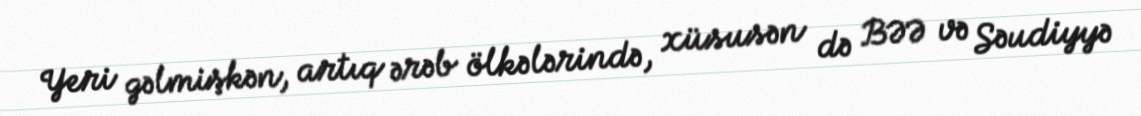
Yeri gəlmişkən, artıq ərəb ölkələrində, xüsusən də BƏƏ və Səudiyyə